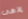
إلاهى